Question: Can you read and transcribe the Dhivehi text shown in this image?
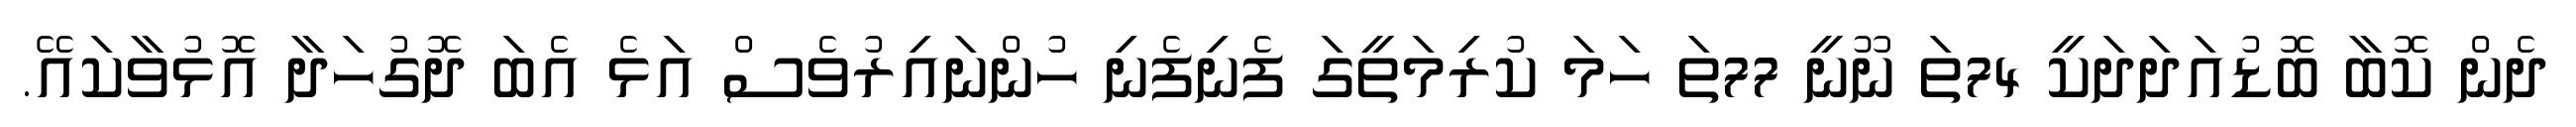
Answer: ދެން ކޮބާ ބޮޑުއަދަދަކީ 74ތަ ނޫނީ 77ތަ ހަމަ ކުރިމަތީގަ ފެނިފެނި ހުންނައިރުވެސް އަޅެ އެބަ ދޮގުހަދާ އޮޅުވާކައޭ.